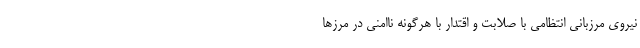
نیروی مرزبانی انتظامی با صلابت و اقتدار با هرگونه ناامنی در مرزها